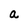
Character: a